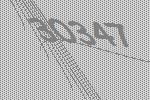
30347